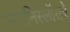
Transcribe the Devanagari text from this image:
स्तानिस्लॉसचे